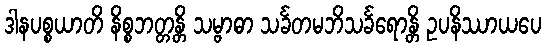
ဒါနပစ္စယာတိ နိစ္စဘတ္တန္တိ သမ္ဗာဓာ သင်္ခတမဘိသင်္ခရောန္တိ ဥပနိဿာယပေ